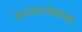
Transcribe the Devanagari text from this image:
सत्यान्वेषण।